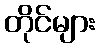
တိုင်များ